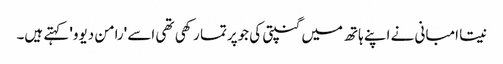
نیتا امبانی نے اپنے ہاتھ میں گنپتی کی جوپرتما رکھی تھی اسے 'رامن دیوو' کہتے ہیں۔